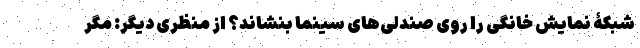
شبکۀ نمایش خانگی را روی صندلی‌های سینما بنشاند؟ از منظری دیگر: مگر